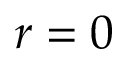
r = 0